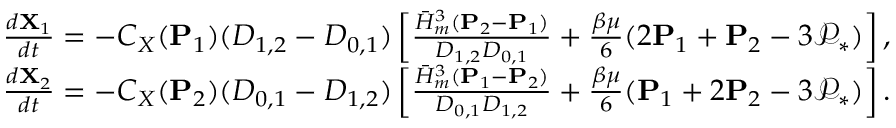
\begin{array} { r } { \frac { d \mathbf { X } _ { 1 } } { d t } = - C _ { X } ( \mathbf { P } _ { 1 } ) ( D _ { 1 , 2 } - D _ { 0 , 1 } ) \left[ { \frac { \bar { H } _ { m } ^ { 3 } ( \mathbf { P } _ { 2 } - \mathbf { P } _ { 1 } ) } { D _ { 1 , 2 } D _ { 0 , 1 } } } + { \frac { \beta \mu } { 6 } } ( 2 \mathbf { P } _ { 1 } + \mathbf { P } _ { 2 } - 3 \mathcal { P } _ { * } ) \right] , } \\ { \frac { d \mathbf { X } _ { 2 } } { d t } = - C _ { X } ( \mathbf { P } _ { 2 } ) ( D _ { 0 , 1 } - D _ { 1 , 2 } ) \left[ { \frac { \bar { H } _ { m } ^ { 3 } ( \mathbf { P } _ { 1 } - \mathbf { P } _ { 2 } ) } { D _ { 0 , 1 } D _ { 1 , 2 } } } + { \frac { \beta \mu } { 6 } } ( \mathbf { P } _ { 1 } + 2 \mathbf { P } _ { 2 } - 3 \mathcal { P } _ { * } ) \right] . } \end{array}